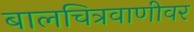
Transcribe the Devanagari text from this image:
बालचित्रवाणीवर